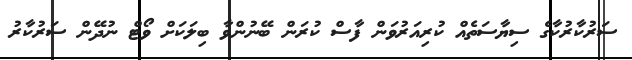
ސަރުކާރުކާގެ ސިޔާސަތެއް ކުރިއަރުވަން ފާސް ކުރަން ބޭނުންވާ ބިލަކަށް ވޯޓް ނުދޭން ސަރުކާރު